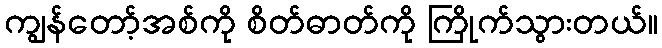
ကျွန်တော့်အစ်ကို စိတ်ဓာတ်ကို ကြိုက်သွားတယ်။